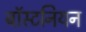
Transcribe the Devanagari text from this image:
बॉस्टनियन